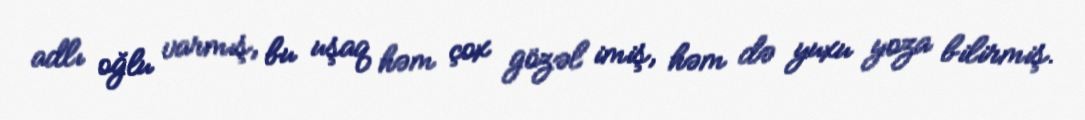
adlı oğlu varmış, bu uşaq həm çox gözəl imiş, həm də yuxu yoza bilirmiş.